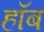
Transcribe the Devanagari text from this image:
हॉब